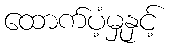
ထောက်ပံ့မှုနှင့်